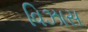
વિઝાસ